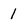
Character: l